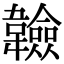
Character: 𩏩